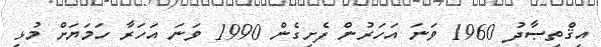
އިޤްތިޞާދު 1960 ވަނަ އަހަރުން ފެށިގެން 1990 ވަނަ އަހަރާ ހަމަޔަށް މުޅި